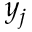
y _ { j }